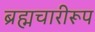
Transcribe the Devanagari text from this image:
ब्रह्मचारीरूप